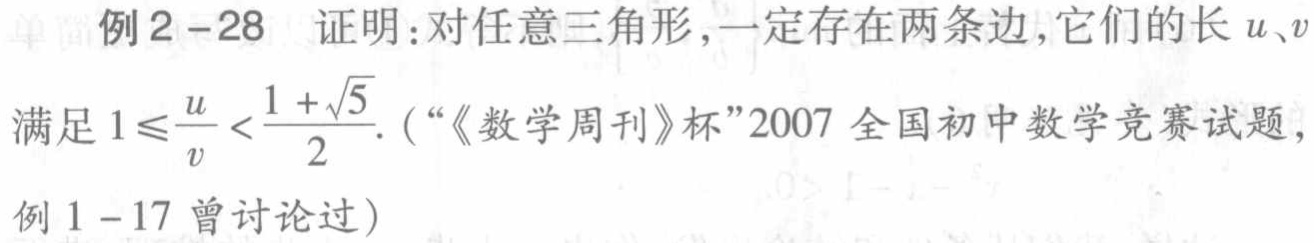
例2 - 28 证明：对任意三角形，一定存在两条边，它们的长\(u、v\)
满足\(1\leqslant\frac{u}{v}<\frac{1 + \sqrt{5}}{2}\).（“《数学周刊》杯”2007全国初中数学竞赛试题，
例1 - 17曾讨论过）